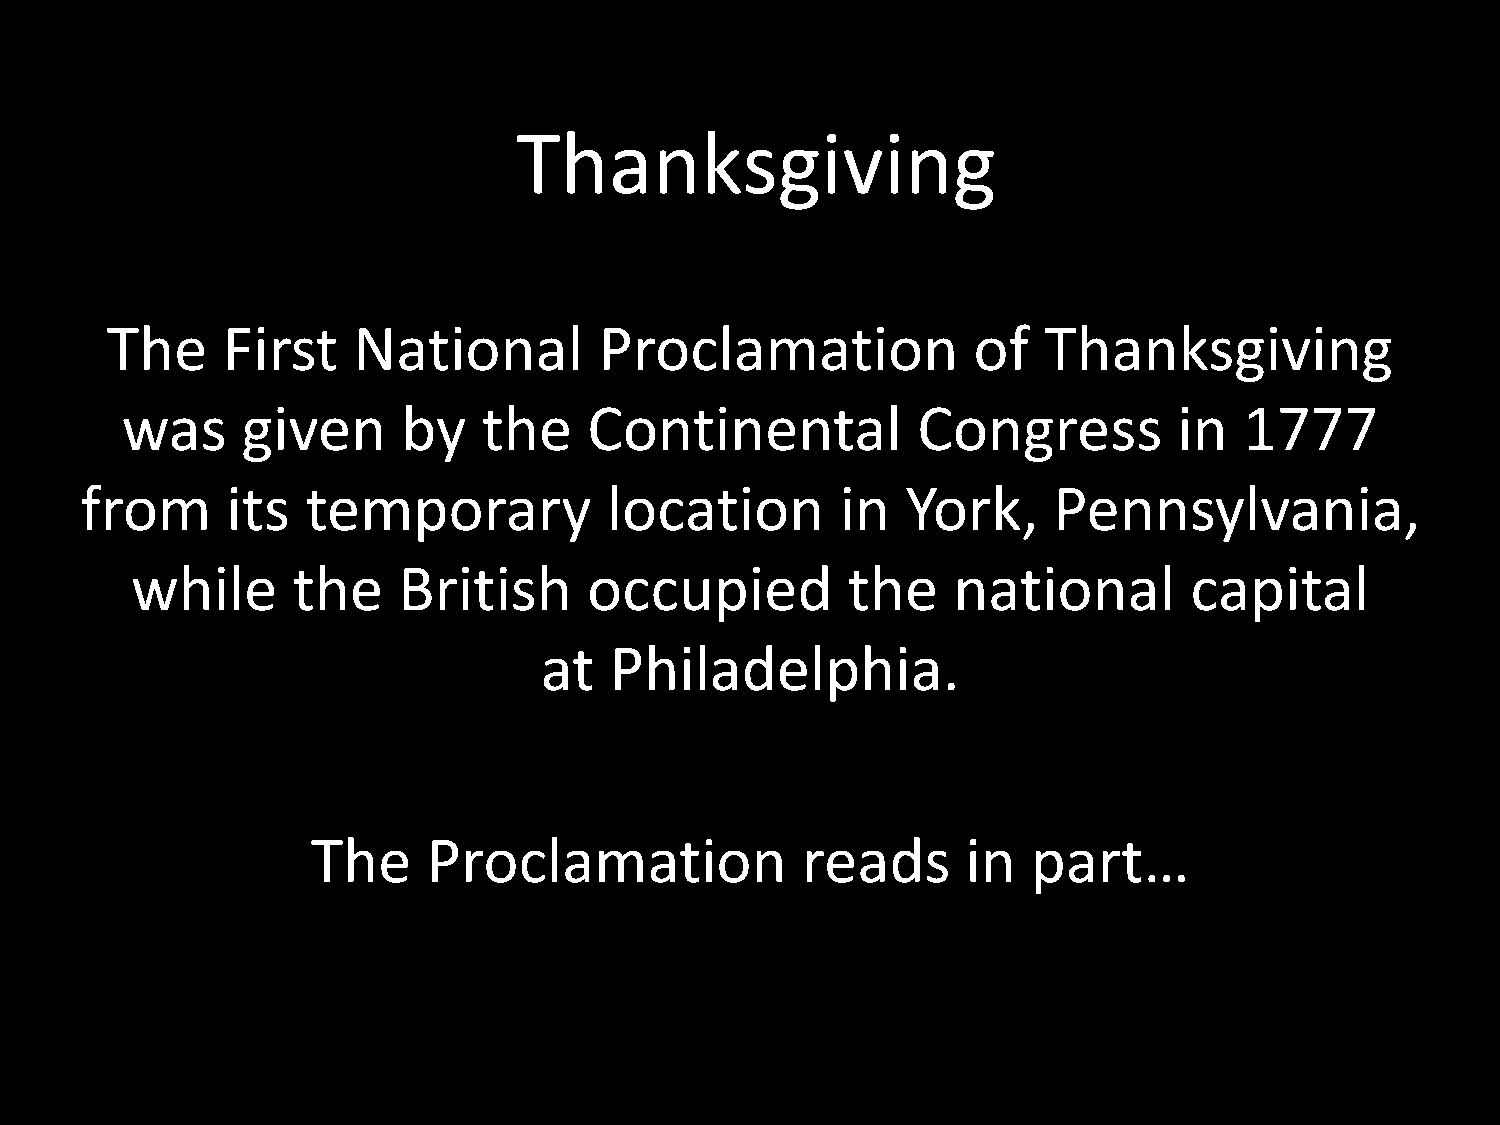
Thanksgiving
 The     First   National         Proclamation            of   Thanksgiving
 was     given      by   the    Continental           Congress         in  1777
 from      its  temporary           location        in  York,     Pennsylvania,
 while     the    British      occupied         the    national        capital
 at  Philadelphia.
 The    Proclamation             reads      in  part…